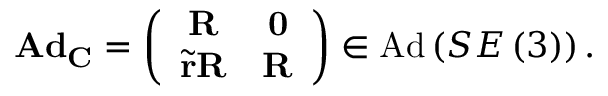
\mathbf { A d } _ { \mathbf { C } } = \left( \begin{array} { c c } { \mathbf { R } } & { \mathbf { 0 } } \\ { \tilde { \mathbf { r } } \mathbf { R } } & { \mathbf { R } } \end{array} \right) \in \mathrm { A d } \left( S E \left( 3 \right) \right) .